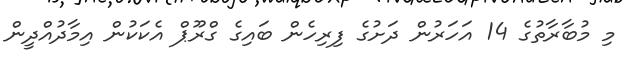
މި މުބާރާތުގެ 14 އަހަރުން ދަށުގެ ފިރިހެން ބައިގެ ގްރޫޕް އެކަކުން އިމާދުއްދީން